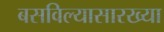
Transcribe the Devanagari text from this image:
बसविल्यासारख्या